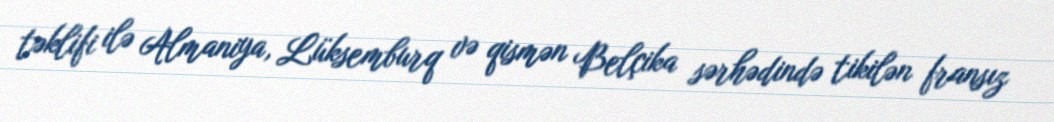
təklifi ilə Almaniya, Lüksemburq və qismən Belçika sərhədində tikilən fransız